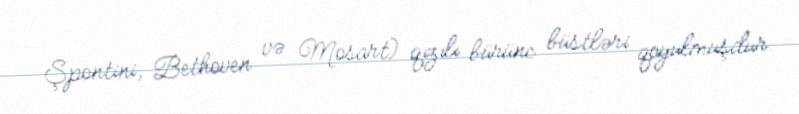
Şpontini, Bethoven və Mosart) qızılı bürünc büstləri qoyulmuşdur.